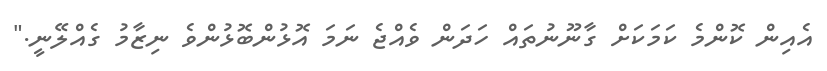
އެއިން ކޮންމެ ކަމަކަށް ގާނޫނުތައް ހަދަން ވެއްޖެ ނަމަ އޮޅުންބޮޅުންވެ ނިޒާމު ގެއްލޭނީ."